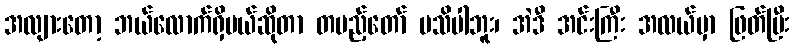
အလျားတော့ ဘယ်လောက်ရှိမယ်ဆိုတာ တပည့်တော် မသိပါဘူး၊ အဲဒီ အင်းကြီး အလယ်မှာ ဖြတ်ပြီး